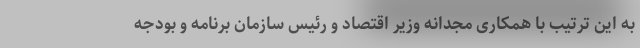
به این ترتیب با همکاری مجدانه وزیر اقتصاد و رئیس سازمان برنامه و بودجه